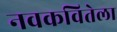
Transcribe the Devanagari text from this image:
नवकवितेला